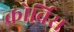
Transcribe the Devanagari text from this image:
कोर्बिस